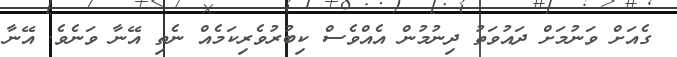
ގެއަށް ވަނުމަށް ދައުވަތު ދިނުމުން އެއްވެސް ކިބުރުވެރިކަމެއް ނެތި އޭނާ ވަނެވެ. އޭނާ